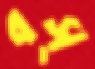
বস্